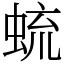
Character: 䖻